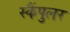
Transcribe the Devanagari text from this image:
स्कैंपुलर